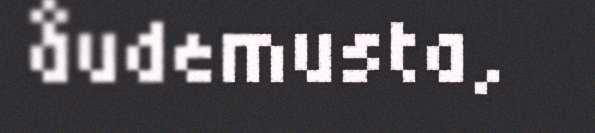
åudemusta,